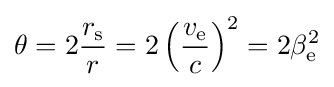
\theta =2{\frac {r_{\text{s}}}{r}}=2\left({\frac {v_{\text{e}}}{c}}\right)^{2}=2\beta _{\text{e}}^{2}